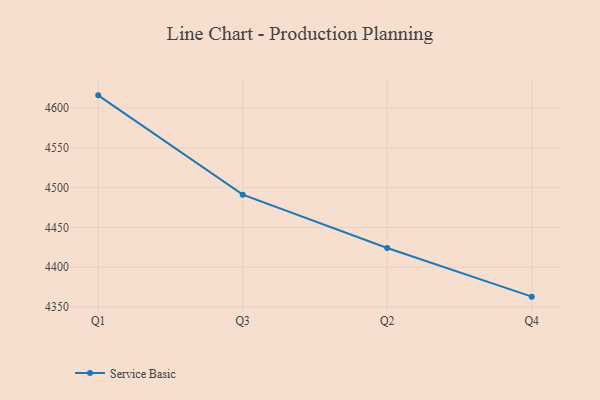
{"axis": {"x": "Quarter", "y": "Tickets Resolved"}, "legend": ["Service Basic"], "data": [{"x": "Q1", "y": 4616.1, "type": "Service Basic"}, {"x": "Q3", "y": 4491.2, "type": "Service Basic"}, {"x": "Q2", "y": 4424.1, "type": "Service Basic"}, {"x": "Q4", "y": 4362.9, "type": "Service Basic"}]}